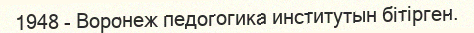
1948 - Воронеж педогогика институтын бітірген.